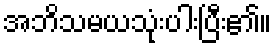
အဘိသမယသုံးပါးပြီး၏။